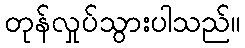
တုန်လှုပ်သွားပါသည်။